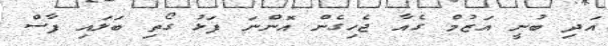
އަދި ބުނީ އަޒުމް ގެއާ ޖެހިގެން އޮންނަ ފަޅު ގޯތި ބަލައި ފާސް